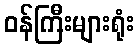
ဝန်ကြီးများရုံး